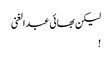
لیکن بھائی عبدالغنی
!